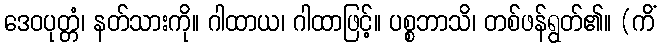
ဒေဝပုတ္တံ၊ နတ်သားကို။ ဂါထာယ၊ ဂါထာဖြင့်။ ပစ္စဘာသိ၊ တစ်ဖန်ရွတ်၏။ (ကိံ